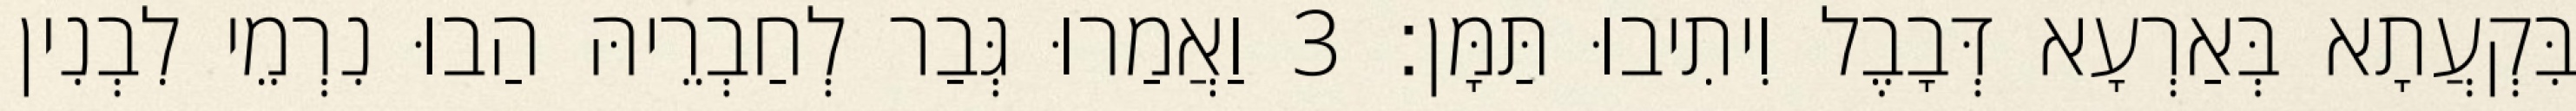
בִּקְעֲתָא בְּאַרְעָא דְּבָבֶל וִיתִיבוּ תַּמָּן׃ 3 וַאֲמַרוּ גְּבַר לְחַבְרֵיהּ הַבוּ נִרְמֵי לִבְנִין